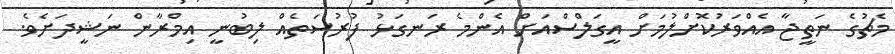
މެޗުގެ ނަތީޖާ އެއްވަރުކޮށްލުމަށް އީގަލްސްއަށް އެންމެ ރަނގަޅު ފުރުސަތެއް ލިބުނީ އިމްރާން ނަޝީދަށެވެ.